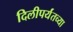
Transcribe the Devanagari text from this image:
दिलीपर्यंतच्या